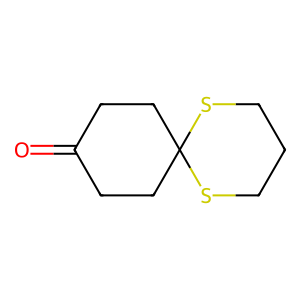
SMILES: O=C1CCC2(CC1)SCCCS2
Inhibits HIV replication: No